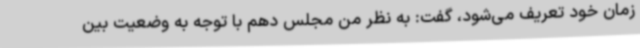
زمان خود تعریف می‌شود، گفت: به نظر من مجلس دهم با توجه به وضعیت بین